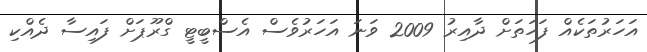
އަހަރުތަކެއް ފަހަތަށް ދާއިރު 2009 ވަނަ އަހަރުވެސް އެސްބީޓީ ގްރޫޕަށް ފައިސާ ދެއްކި